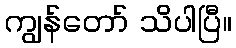
ကျွန်တော် သိပါပြီ။